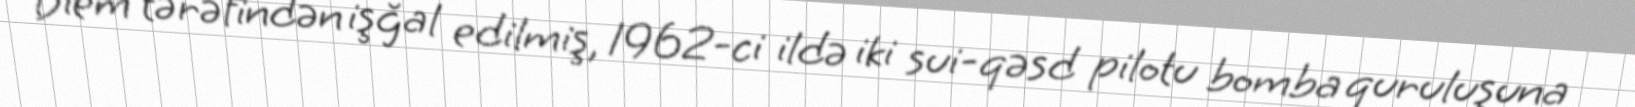
Diem tərəfindən işğal edilmiş, 1962-ci ildə iki sui-qəsd pilotu bomba quruluşuna